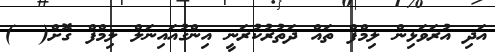
އަދި އުރަވަޅިން ލިމްފް ތައް ދަތުރުކުރަނީ އިންގުއައިނަލް ލިމްފް ގޮށް(  )